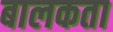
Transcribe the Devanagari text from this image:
बालकता